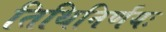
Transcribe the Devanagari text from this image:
तिथिनिर्णयः